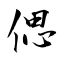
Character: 偲